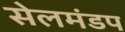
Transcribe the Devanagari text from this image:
सेलमंडप